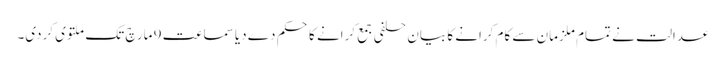
عدالت نے تمام ملزمان سے کام کرانے کا بیان حلفی جمع کرانے کا حکم دے دیا سماعت 9 مارچ تک ملتوی کردی۔